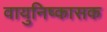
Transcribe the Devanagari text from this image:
वायुनिष्कासक